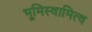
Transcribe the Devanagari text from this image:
भूमिस्वामित्व